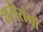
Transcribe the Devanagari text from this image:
शरीरांगों